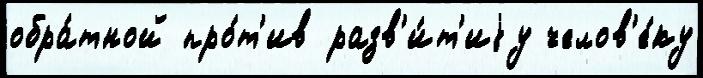
обра́тной про́т'ив разв'и́т'иjу челов'е́ку